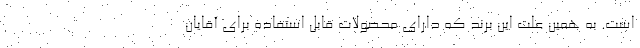
است. به همین علت این برند که دارای محصولات قابل استفاده برای آقایان